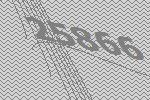
25866